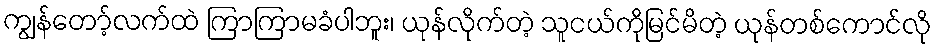
ကျွန်တော့်လက်ထဲ ကြာကြာမခံပါဘူး၊ ယုန်လိုက်တဲ့ သူငယ်ကိုမြင်မိတဲ့ ယုန်တစ်ကောင်လို